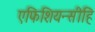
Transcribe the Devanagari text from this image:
एफिशियन्सीहि